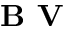
\textbf { B V }